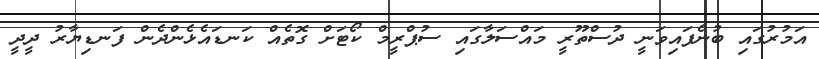
އަމުރުގައި ބުނެފައިވަނީ ދުސްތޫރީ މައްސަލާގައި ސުޕްރީމް ކޯޓަށް ގޮތެއް ކަނޑައެޅެންދެން ފަނޑިޔާރު ދީދީ